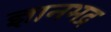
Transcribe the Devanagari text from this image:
ज्ञानभद्र